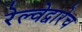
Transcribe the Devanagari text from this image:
रेल्वेद्वारेच